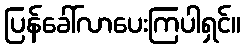
ပြန်ခေါ်လာပေးကြပါရှင်။